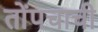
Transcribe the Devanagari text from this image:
तोंपचाची